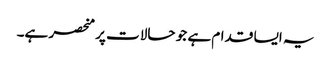
یہ ایسا قدام ہے جو حالات پر منحصر ہے۔